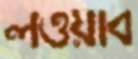
লওয়াব